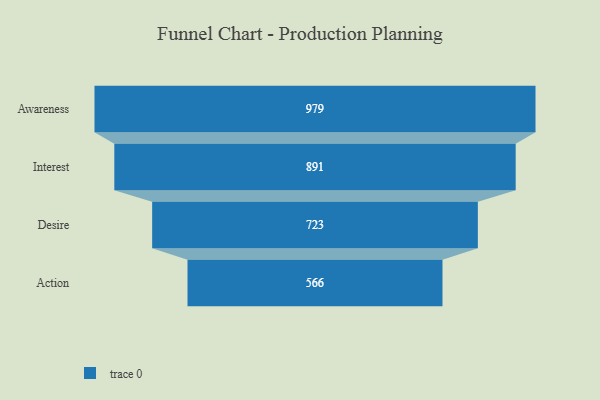
{"axis": {"x": "Stage", "y": "Value"}, "legend": [""], "data": [{"x": "Awareness", "y": 979.0, "type": ""}, {"x": "Interest", "y": 891.0, "type": ""}, {"x": "Desire", "y": 723.0, "type": ""}, {"x": "Action", "y": 566.0, "type": ""}]}